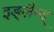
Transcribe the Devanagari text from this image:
इङ्लैन्द्